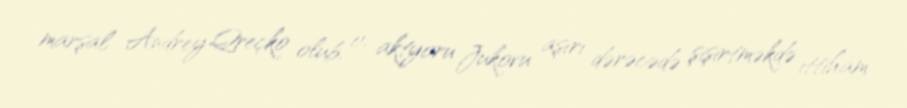
marşal Andrey Qreçko olub, o, aktyoru Jukovu aşırı dərəcədə şişirtməkdə ittiham